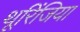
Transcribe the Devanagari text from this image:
थूरिंजिया